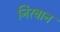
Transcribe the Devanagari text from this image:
निरबान